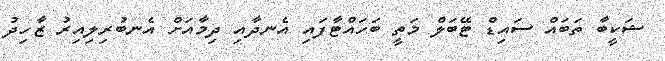
ޝަކީބާ ތަބައް ސައިޑް ޓޭބަލް މަތީ ބަހައްޓާފައި އެނދާއި ދިމާއަށް އެނބުރިލިއިރު ޒާހިދު